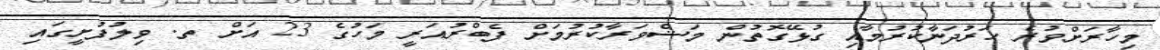
މިހާރަށްވުރެ ހަރުދަނާކުރުމާއި ގުޅޭގޮތުން މަޝްވަރާކުރުމަށް ފެބްރުއަރީ މަހުގެ 23 އަށް ތ. ވިލުފުށީގައި